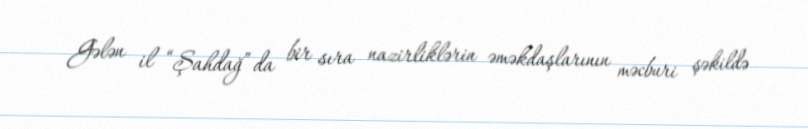
Gələn il “Şahdağ” da bir sıra nazirliklərin əməkdaşlarının məcburi şəkildə